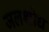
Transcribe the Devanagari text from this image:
जलशोध